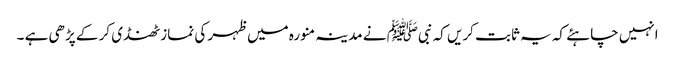
انہیں چاہئے کہ یہ ثابت کریں کہ نبیﷺ نے مدینہ منورہ میں ظہر کی نماز ٹھنڈی کر کے پڑھی ہے ۔